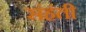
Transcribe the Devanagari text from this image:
संहंती